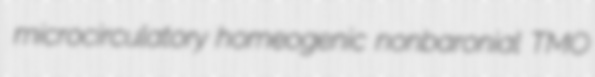
microcirculatory homeogenic nonbaronial TMO